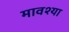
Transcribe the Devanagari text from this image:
मावश्या